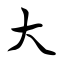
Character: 大